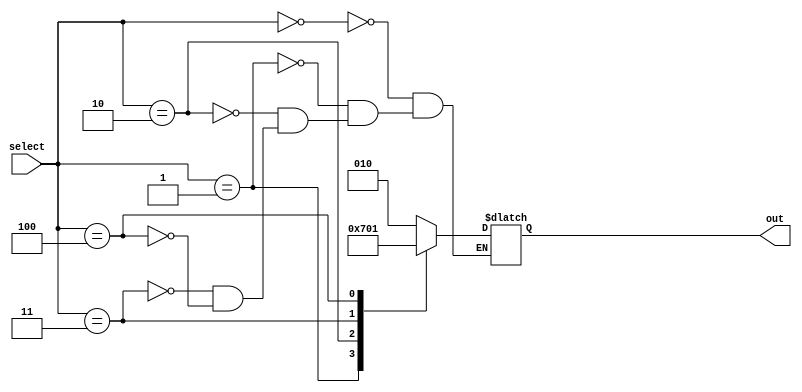
`timescale 1ns/1ns
module IJMux (
    select,
    out
);
    parameter size = 3;
    input [size-1:0]select;
    output reg [size-1:0]out;
    
    parameter [size-1:0] 
        ZERO = 3'b000,
        ONE = 3'b001,
        TWO = 3'b010,
        THREE = 3'b011,
        FOUR = 3'b100;

    always @(*) begin        
        case (select)
            ZERO:  out = TWO;
            ONE:   out = THREE;
            TWO:   out = FOUR;
            THREE: out = ZERO;
            FOUR:  out = ONE;
        endcase
    end


endmodule